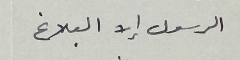
الرسول إلا البلاغ